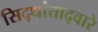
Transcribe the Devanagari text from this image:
सिद्धांताद्वारे